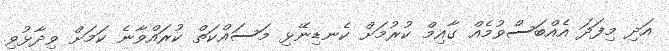
އަދި މިފަދަ އެއްބަސްވުމެއް ގާއިމް ކުރުމަށް ކެނޑިނޭޅި މަސައްކަތް ކުރައްވާނެ ކަަމަށް ވިދާޅުވި